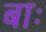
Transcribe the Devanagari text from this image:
बाः